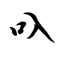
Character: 叺